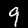
Label: 9